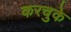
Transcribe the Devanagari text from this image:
करचुके